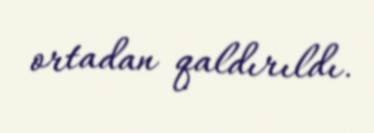
ortadan qaldırıldı.